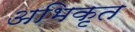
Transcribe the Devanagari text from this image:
अभिकृत